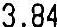
3.84